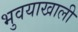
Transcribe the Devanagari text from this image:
भुवयाखाली